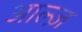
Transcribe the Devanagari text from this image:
आल्ज़